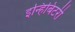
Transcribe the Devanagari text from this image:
इन्हिबिटरी